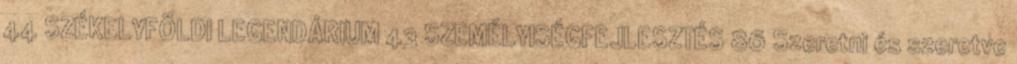
44 SZÉKELYFÖLDI LEGENDÁRIUM 43 SZEMÉLYISÉGFEJLESZTÉS 86 Szeretni és szeretve